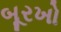
બૂરખો